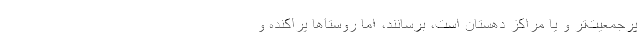
پرجمعیت‌تر و یا مراکز دهستان است، برسانند، اما روستاها پراکنده و